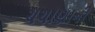
ચચાણાની